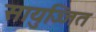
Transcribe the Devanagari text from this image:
सायुज्जित